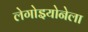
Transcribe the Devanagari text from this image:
लेगोइयोनेला